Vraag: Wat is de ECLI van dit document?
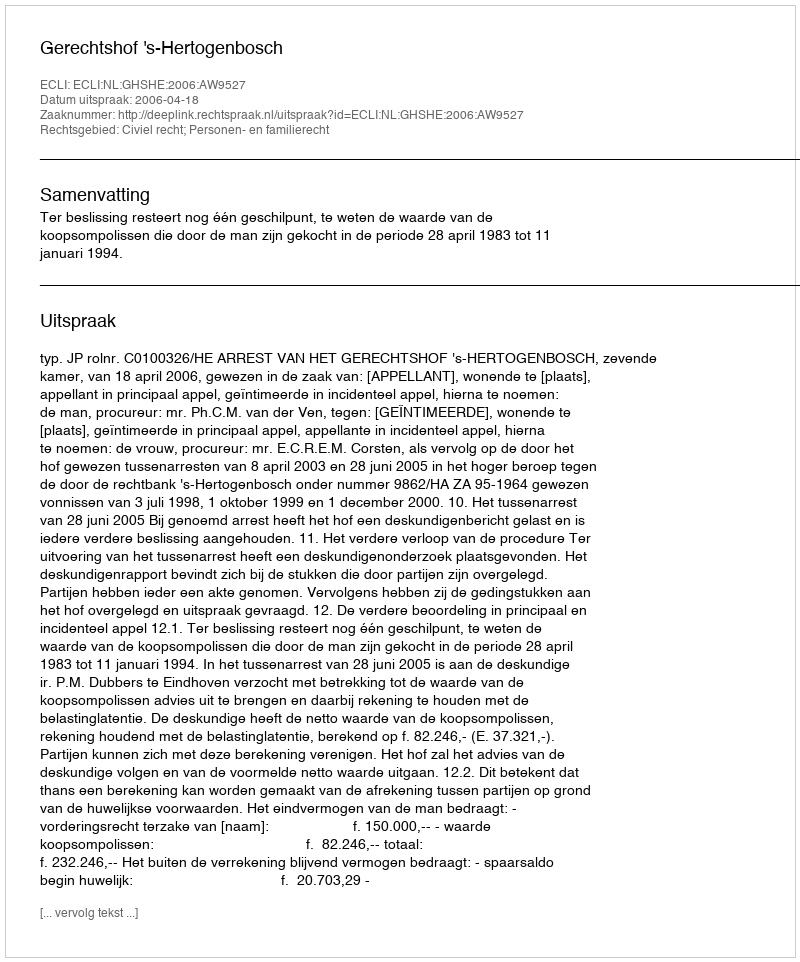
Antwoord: ECLI:NL:GHSHE:2006:AW9527